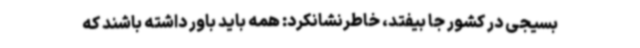
بسیجی در کشور جا بیفتد، خاطرنشانکرد: همه باید باور داشته باشند که